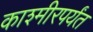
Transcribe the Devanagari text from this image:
काश्मीरपर्यंत